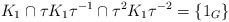
LaTeX: \begin{align*}K_1 \cap \tau K_1 \tau^{-1} \cap \tau^2 K_1 \tau^{-2} = \lbrace 1_G \rbrace\end{align*}